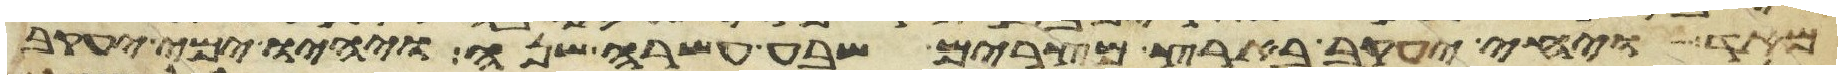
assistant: מאד ויחי יעקב בארץ מצרים שבע עשרה שנה ויהיו ימי יעקב